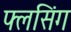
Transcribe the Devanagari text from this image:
फ्लसिंग